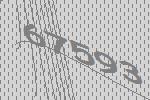
67593